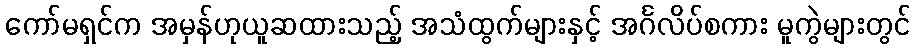
ကော်မရှင်က အမှန်ဟုယူဆထားသည့် အသံထွက်များနှင့် အင်္ဂလိပ်စကား မူကွဲများတွင်